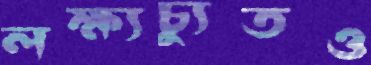
লক্ষ্যচ্যুতও